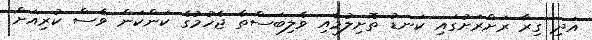
އަދި ގިރާ ރަށްރަށުގައި ކަނޑު ތޮށިލުމާއި ވެލިބަސްތާ ޖެހުމުގެ ކަންކަން ވެސް ކުރިއަށް